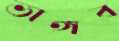
ভাঙ্গব